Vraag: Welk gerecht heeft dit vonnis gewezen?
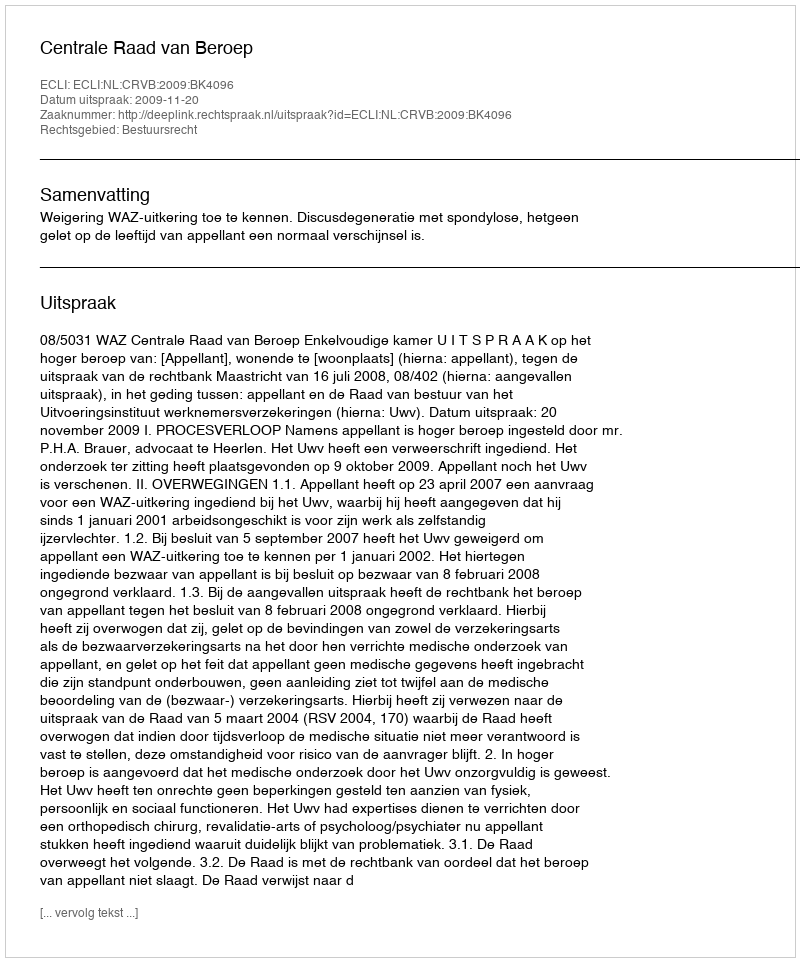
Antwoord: Centrale Raad van Beroep